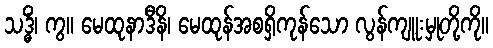
သဒ္ဓိံ၊ ကွ။ မေထုနာဒီနိ၊ မေထုန်အစရှိကုန်သော လွန်ကျူးမှုတို့ကို။